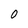
Character: 0